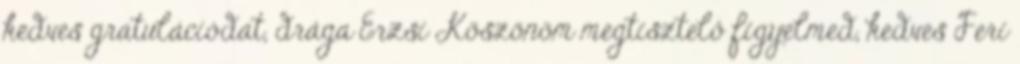
kedves gratulációdat, drága Erzsi Köszönöm megtisztelő figyelmed, kedves Feri